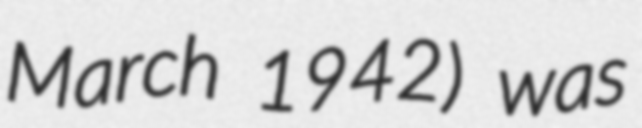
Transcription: March 1942) was